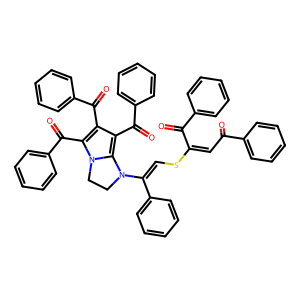
SMILES: O=C(C=C(SC=C(c1ccccc1)N1CCn2c(C(=O)c3ccccc3)c(C(=O)c3ccccc3)c(C(=O)c3ccccc3)c21)C(=O)c1ccccc1)c1ccccc1
Inhibits HIV replication: No